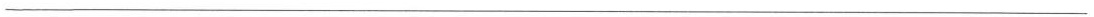
___